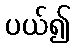
ပယ်၍